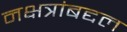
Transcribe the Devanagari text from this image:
नक्षत्रांबद्दल